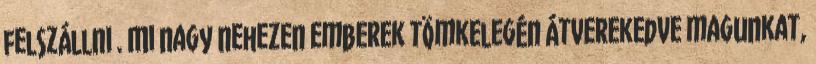
felszállni . Mi nagy nehezen emberek tömkelegén átverekedve magunkat,